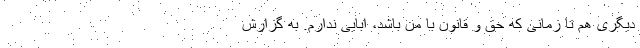
دیگری هم تا زمانی که حق و قانون با من باشد، ابایی ندارم. به گزارش